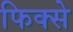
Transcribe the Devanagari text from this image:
फिक्से